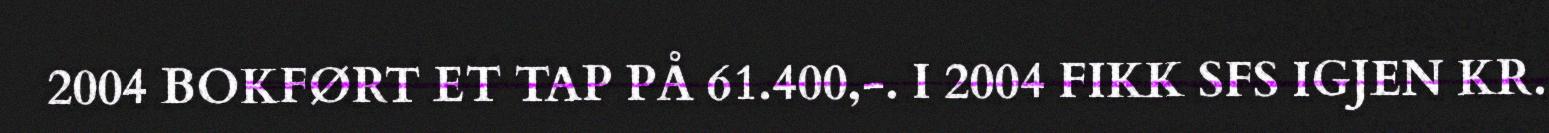
2004 BOKFØRT ET TAP PÅ 61.400,-. I 2004 FIKK SFS IGJEN KR.